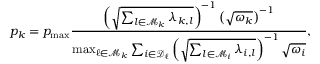
p _ { k } = p _ { \operatorname* { m a x } } \frac { \left( \sqrt { \sum _ { l \in \mathcal { M } _ { k } } \lambda _ { k , l } } \right) ^ { - 1 } \left( \sqrt { \omega _ { k } } \right) ^ { - 1 } } { \operatorname* { m a x } _ { \ell \in \mathcal { M } _ { k } } \sum _ { i \in \mathcal { D } _ { \ell } } \left( \sqrt { \sum _ { l \in \mathcal { M } _ { i } } \lambda _ { i , l } } \right) ^ { - 1 } \sqrt { \omega _ { i } } } ,